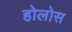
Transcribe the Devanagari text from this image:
होलोस